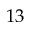
1 3